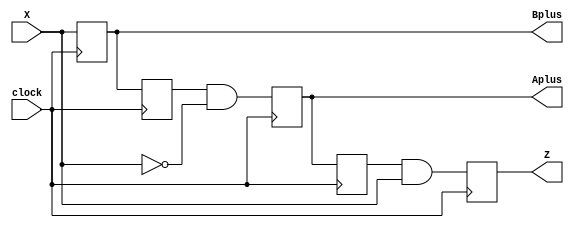
//PR 5 Perancangan Sistem Digital
//Fiorella Averina Gunawan
//NIM 19/443579/TK/48775
//PR 5, Design Module Source Code

module PR5(X, Aplus, Bplus, clock, Z); 
//Membuat module PR5 dengan parameter X, Aplus, Bplus, clock, Z
    input X, clock; //Mendeklarasikan X dan clock sebagai input
    reg A, B; //Mendeklarasikan A dan B (present state D flip-flop) sebagai register
    output reg Aplus, Bplus, Z; 
    //Mendeklarasikan Aplus, Bplus (next state D flip flop) dan Z sebagai output register

    always @(posedge clock) 
    //Membuat always block yang akan dijalankan ketika clock berada di positive edge (dari 0 ke 1)
    begin //Pada positive edge clock, next state D flip flop sama dengan input-nya
        Z = A&X; //Mendefinisikan Z sebagai output dari A dan X yang dikenakan AND gate
        Aplus = B&(~X); 
        //Mendefinisikan Aplus sebagai output dari B dan NOT X yang dikenakan AND gate
        Bplus = X; //Mendefinisikan Bplus sebagai X
    end //Mengakhiri always block

    always @(negedge clock) 
    //Membuat always block yang akan dijalankan ketika clock berada di negative edge (dari 1 ke 0)
    begin //Pada negative edge clock, next state D flip flop sama dengan previous state-nya
    //A dan B adalah previous state
    //Sehingga nilai Aplus dan Bplus disimpan di A dan B sebelum ke kasus selanjutnya
        A = Aplus; //Mendefinisikan A = Aplus 
        B = Bplus; //Mendefinisikan B = Bplus
    end //Mengakhiri always block
endmodule //Mengakhiri modul